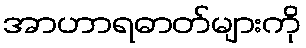
အာဟာရဓာတ်များကို